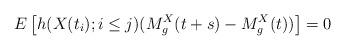
LaTeX: \begin{align*}E\left[h(X(t_i); i\leq j ) (M_g^X(t+s)-M_g^X(t))\right] =0\end{align*}